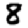
Digit: 8